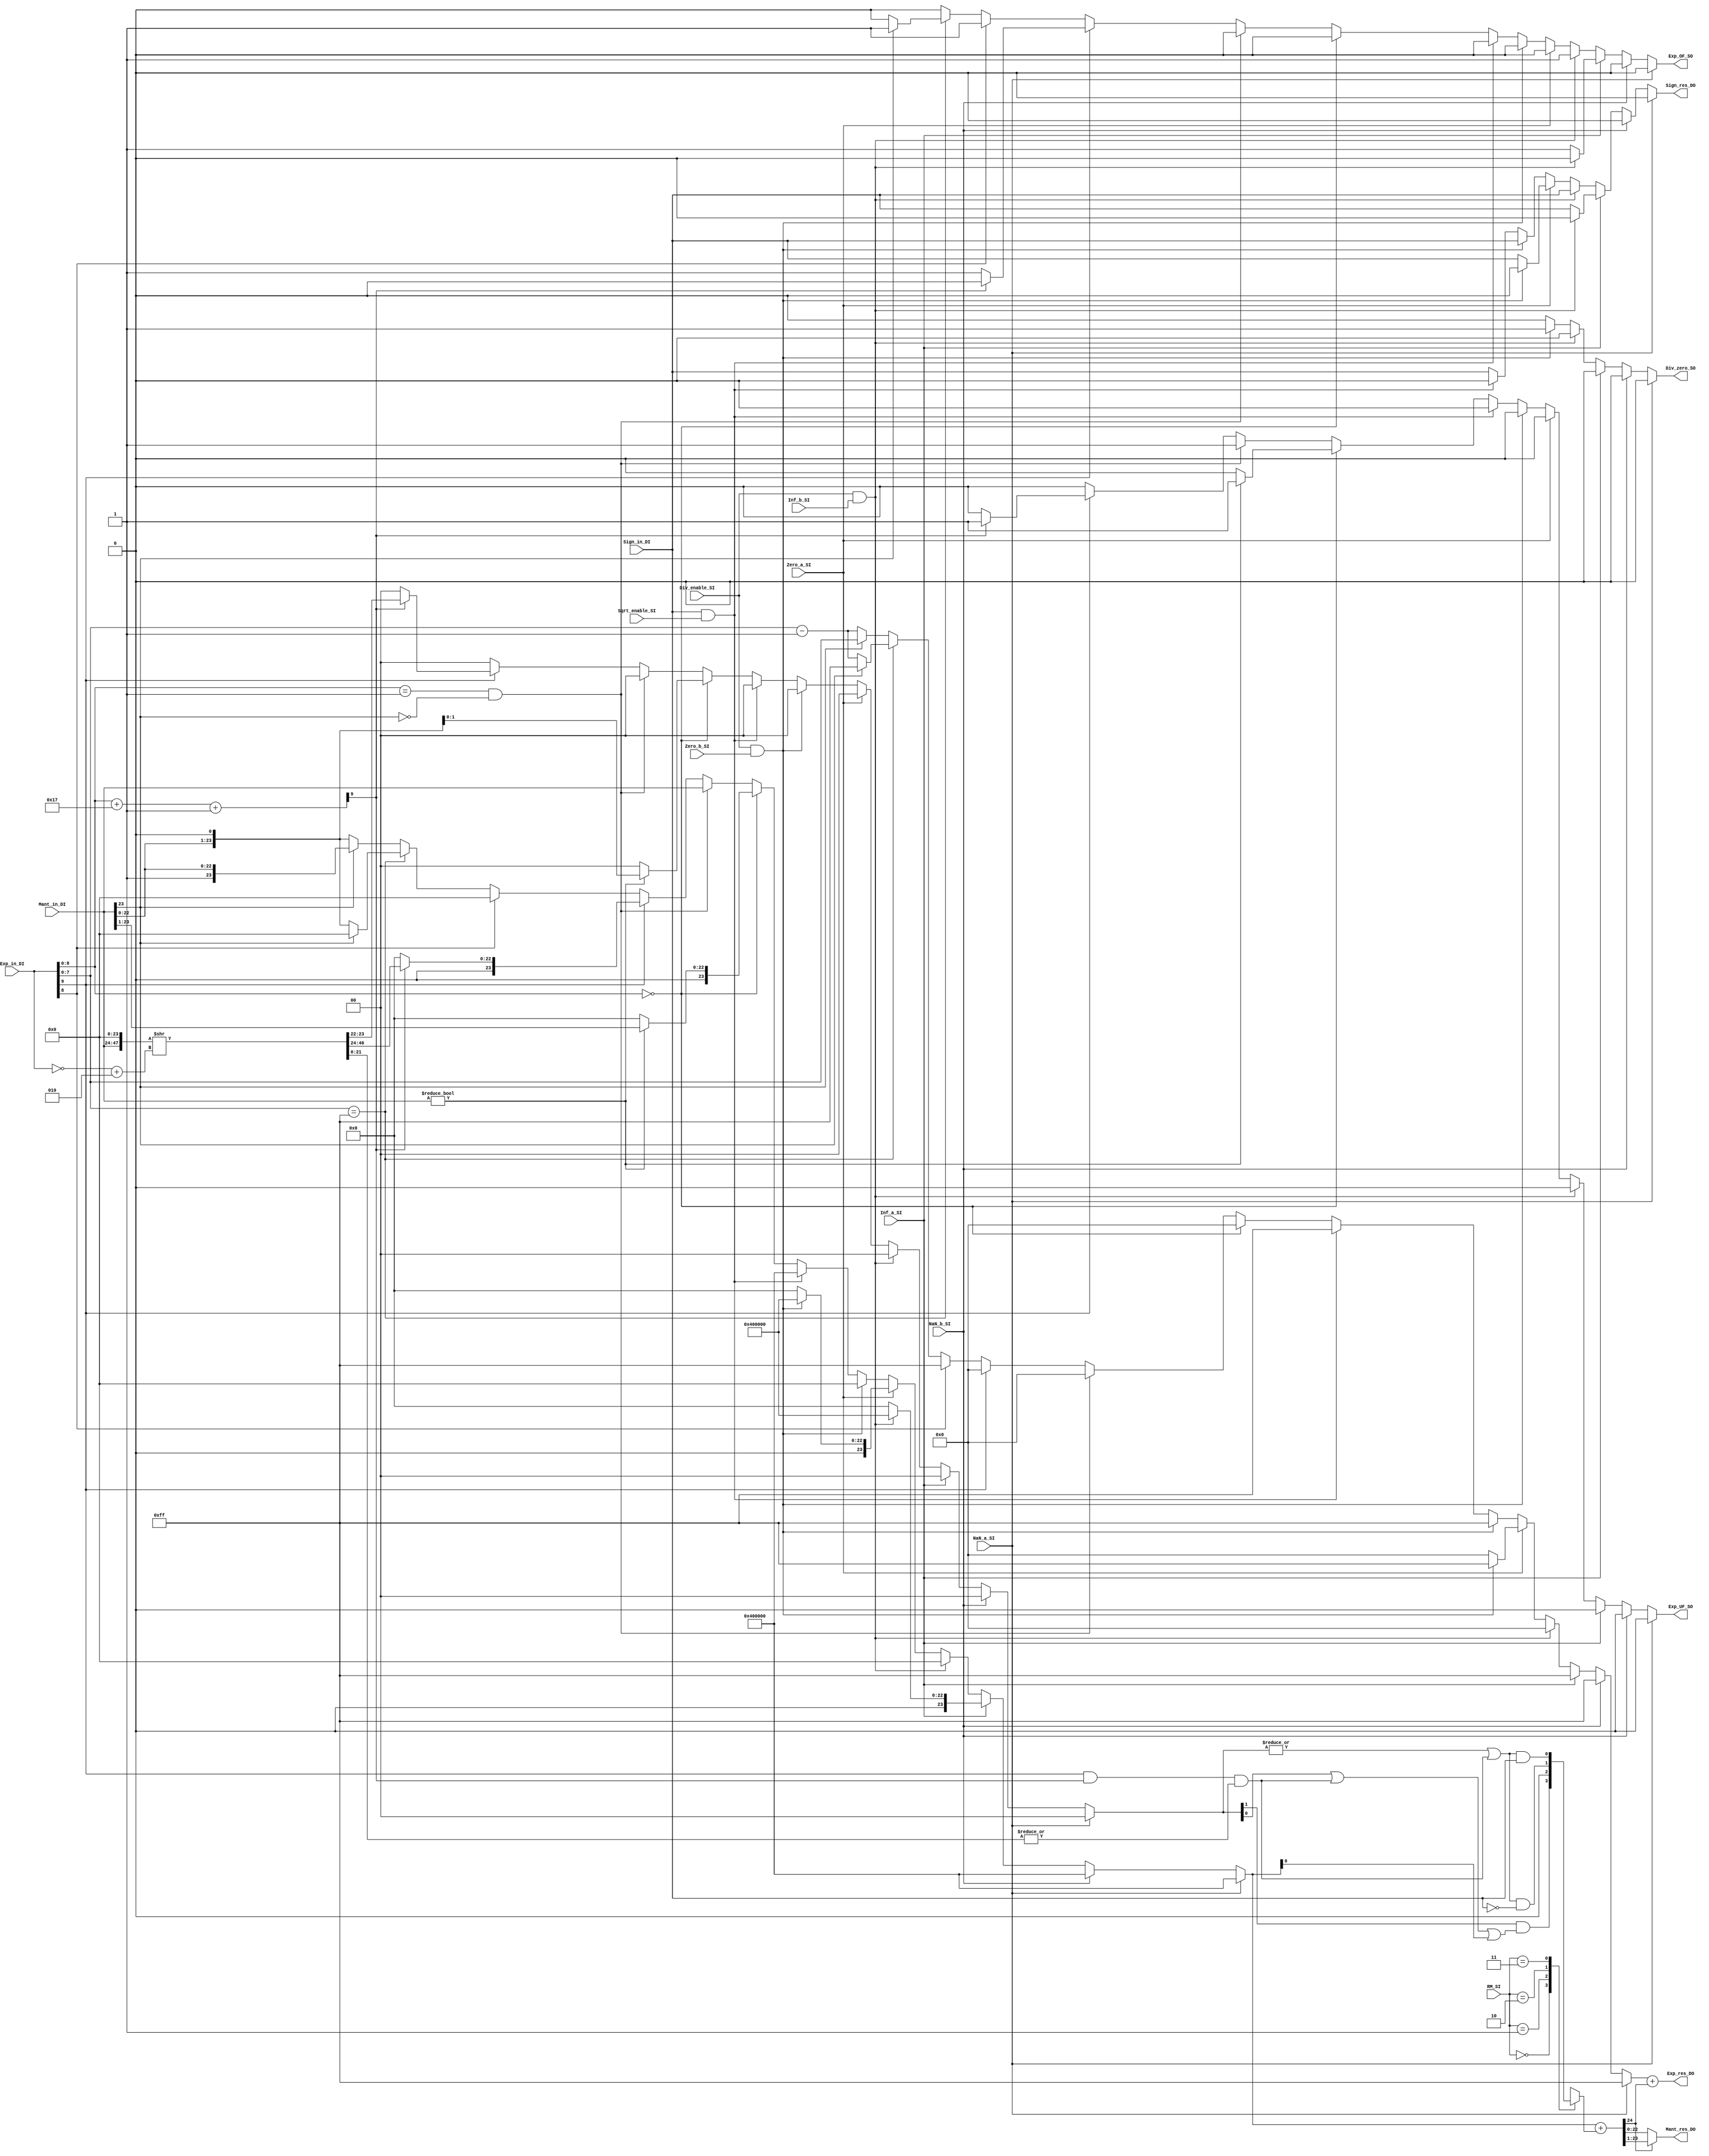
module fpu_norm_div_sqrt (
	Mant_in_DI,
	Exp_in_DI,
	Sign_in_DI,
	Div_enable_SI,
	Sqrt_enable_SI,
	Inf_a_SI,
	Inf_b_SI,
	Zero_a_SI,
	Zero_b_SI,
	NaN_a_SI,
	NaN_b_SI,
	RM_SI,
	Mant_res_DO,
	Exp_res_DO,
	Sign_res_DO,
	Exp_OF_SO,
	Exp_UF_SO,
	Div_zero_SO
);
parameter C_DIV_RM           = 2;
parameter C_DIV_RM_NEAREST   = 2'h0;
parameter C_DIV_RM_TRUNC     = 2'h1;
parameter C_DIV_RM_PLUSINF   = 2'h2;
parameter C_DIV_RM_MINUSINF  = 2'h3;
parameter C_DIV_PC           = 5;
parameter C_DIV_OP           = 32;
parameter C_DIV_MANT         = 23;
parameter C_DIV_EXP          = 8;
parameter C_DIV_BIAS         = 127;
parameter C_DIV_BIAS_AONE    = 8'h80;
parameter C_DIV_HALF_BIAS    = 63;
parameter C_DIV_MANT_PRENORM = C_DIV_MANT+1;
parameter C_DIV_EXP_ZERO     = 8'h00;
parameter C_DIV_EXP_ONE      = 8'h01;
parameter C_DIV_EXP_INF      = 8'hff;
parameter C_DIV_MANT_ZERO    = 23'h0;
parameter C_DIV_MANT_NAN     = 23'h400000;
	input wire [C_DIV_MANT_PRENORM - 1:0] Mant_in_DI;
	input wire signed [C_DIV_EXP + 1:0] Exp_in_DI;
	input wire Sign_in_DI;
	input wire Div_enable_SI;
	input wire Sqrt_enable_SI;
	input wire Inf_a_SI;
	input wire Inf_b_SI;
	input wire Zero_a_SI;
	input wire Zero_b_SI;
	input wire NaN_a_SI;
	input wire NaN_b_SI;
	input wire [C_DIV_RM - 1:0] RM_SI;
	output wire [C_DIV_MANT - 1:0] Mant_res_DO;
	output wire [C_DIV_EXP - 1:0] Exp_res_DO;
	output reg Sign_res_DO;
	output reg Exp_OF_SO;
	output reg Exp_UF_SO;
	output reg Div_zero_SO;
	reg [C_DIV_MANT:0] Mant_res_norm_D;
	reg [C_DIV_EXP - 1:0] Exp_res_norm_D;
	wire [C_DIV_EXP + 1:0] Exp_Max_RS_D;
	assign Exp_Max_RS_D = (Exp_in_DI[C_DIV_EXP:0] + C_DIV_MANT) + 1;
	wire [C_DIV_EXP + 1:0] Num_RS_D;
	assign Num_RS_D = ~Exp_in_DI + 2;
	wire [C_DIV_MANT_PRENORM + 1:0] Mant_RS_D;
	wire [C_DIV_MANT - 2:0] Mant_forsticky_D;
	assign {Mant_RS_D, Mant_forsticky_D} = {Mant_in_DI, 1'b0, 1'b0, 22'h000000} >> Num_RS_D;
	wire Mant_sticky_D;
	assign Mant_sticky_D = (Exp_in_DI[C_DIV_EXP + 1] && Exp_Max_RS_D[C_DIV_EXP + 1]) && |Mant_forsticky_D;
	reg [1:0] Mant_lower_D;
	always @(*)
		if (NaN_a_SI) begin
			Div_zero_SO = 1'b0;
			Exp_OF_SO = 1'b0;
			Exp_UF_SO = 1'b0;
			Mant_res_norm_D = {1'b0, C_DIV_MANT_NAN};
			Exp_res_norm_D = 1'sb1;
			Mant_lower_D = 2'b00;
			Sign_res_DO = 1'b0;
		end
		else if (NaN_b_SI) begin
			Div_zero_SO = 1'b0;
			Exp_OF_SO = 1'b0;
			Exp_UF_SO = 1'b0;
			Mant_res_norm_D = {1'b0, C_DIV_MANT_NAN};
			Exp_res_norm_D = 1'sb1;
			Mant_lower_D = 2'b00;
			Sign_res_DO = 1'b0;
		end
		else if (Inf_a_SI) begin
			if (Div_enable_SI && Inf_b_SI) begin
				Div_zero_SO = 1'b0;
				Exp_OF_SO = 1'b0;
				Exp_UF_SO = 1'b0;
				Mant_res_norm_D = {1'b0, C_DIV_MANT_NAN};
				Exp_res_norm_D = 1'sb1;
				Mant_lower_D = 2'b00;
				Sign_res_DO = 1'b0;
			end
			else begin
				Div_zero_SO = 1'b0;
				Exp_OF_SO = 1'b1;
				Exp_UF_SO = 1'b0;
				Mant_res_norm_D = 1'sb0;
				Exp_res_norm_D = 1'sb1;
				Mant_lower_D = 2'b00;
				Sign_res_DO = Sign_in_DI;
			end
		end
		else if (Div_enable_SI && Inf_b_SI) begin
			Div_zero_SO = 1'b0;
			Exp_OF_SO = 1'b1;
			Exp_UF_SO = 1'b0;
			Mant_res_norm_D = 1'sb0;
			Exp_res_norm_D = 1'sb0;
			Mant_lower_D = 2'b00;
			Sign_res_DO = Sign_in_DI;
		end
		else if (Zero_a_SI) begin
			if (Div_enable_SI && Zero_b_SI) begin
				Div_zero_SO = 1'b1;
				Exp_OF_SO = 1'b0;
				Exp_UF_SO = 1'b0;
				Mant_res_norm_D = {1'b0, C_DIV_MANT_NAN};
				Exp_res_norm_D = 1'sb1;
				Mant_lower_D = 2'b00;
				Sign_res_DO = 1'b0;
			end
			else begin
				Div_zero_SO = 1'b0;
				Exp_OF_SO = 1'b0;
				Exp_UF_SO = 1'b0;
				Mant_res_norm_D = 1'sb0;
				Exp_res_norm_D = 1'sb0;
				Mant_lower_D = 2'b00;
				Sign_res_DO = Sign_in_DI;
			end
		end
		else if (Div_enable_SI && Zero_b_SI) begin
			Div_zero_SO = 1'b1;
			Exp_OF_SO = 1'b0;
			Exp_UF_SO = 1'b0;
			Mant_res_norm_D = 1'sb0;
			Exp_res_norm_D = 1'sb1;
			Mant_lower_D = 2'b00;
			Sign_res_DO = Sign_in_DI;
		end
		else if (Sign_in_DI && Sqrt_enable_SI) begin
			Div_zero_SO = 1'b0;
			Exp_OF_SO = 1'b0;
			Exp_UF_SO = 1'b0;
			Mant_res_norm_D = {1'b0, C_DIV_MANT_NAN};
			Exp_res_norm_D = 1'sb1;
			Mant_lower_D = 2'b00;
			Sign_res_DO = 1'b0;
		end
		else if (Exp_in_DI[C_DIV_EXP:0] == {(C_DIV_EXP >= 0 ? C_DIV_EXP + 1 : 1 - C_DIV_EXP) {1'sb0}}) begin
			if (Mant_in_DI != {C_DIV_MANT_PRENORM {1'sb0}}) begin
				Div_zero_SO = 1'b0;
				Exp_OF_SO = 1'b0;
				Exp_UF_SO = 1'b1;
				Mant_res_norm_D = {2'b00, Mant_in_DI[C_DIV_MANT_PRENORM - 1:1]};
				Exp_res_norm_D = 1'sb0;
				Mant_lower_D = {Mant_in_DI[0], 1'b0};
				Sign_res_DO = Sign_in_DI;
			end
			else begin
				Div_zero_SO = 1'b0;
				Exp_OF_SO = 1'b0;
				Exp_UF_SO = 1'b0;
				Mant_res_norm_D = 1'sb0;
				Exp_res_norm_D = 1'sb0;
				Mant_lower_D = 2'b00;
				Sign_res_DO = Sign_in_DI;
			end
		end
		else if ((Exp_in_DI[C_DIV_EXP:0] == C_DIV_EXP_ONE) && ~Mant_in_DI[C_DIV_MANT_PRENORM - 1]) begin
			Div_zero_SO = 1'b0;
			Exp_OF_SO = 1'b0;
			Exp_UF_SO = 1'b1;
			Mant_res_norm_D = Mant_in_DI[C_DIV_MANT_PRENORM - 1:0];
			Exp_res_norm_D = 1'sb0;
			Mant_lower_D = 2'b00;
			Sign_res_DO = Sign_in_DI;
		end
		else if (Exp_in_DI[C_DIV_EXP + 1]) begin
			if (~Exp_Max_RS_D[C_DIV_EXP + 1]) begin
				Div_zero_SO = 1'b0;
				Exp_OF_SO = 1'b1;
				Exp_UF_SO = 1'b0;
				Mant_res_norm_D = 1'sb0;
				Exp_res_norm_D = 1'sb0;
				Mant_lower_D = 2'b00;
				Sign_res_DO = Sign_in_DI;
			end
			else begin
				Div_zero_SO = 1'b0;
				Exp_OF_SO = 1'b0;
				Exp_UF_SO = 1'b1;
				Mant_res_norm_D = {1'b0, Mant_RS_D[C_DIV_MANT + 1:2]};
				Exp_res_norm_D = 1'sb0;
				Mant_lower_D = Mant_RS_D[1:0];
				Sign_res_DO = Sign_in_DI;
			end
		end
		else if (Exp_in_DI[C_DIV_EXP]) begin
			Div_zero_SO = 1'b0;
			Exp_OF_SO = 1'b1;
			Exp_UF_SO = 1'b0;
			Mant_res_norm_D = 1'sb0;
			Exp_res_norm_D = 1'sb1;
			Mant_lower_D = 2'b00;
			Sign_res_DO = Sign_in_DI;
		end
		else if (Exp_in_DI[C_DIV_EXP - 1:0] == {C_DIV_EXP {1'sb1}}) begin
			if (~Mant_in_DI[C_DIV_MANT_PRENORM - 1]) begin
				Div_zero_SO = 1'b0;
				Exp_OF_SO = 1'b0;
				Exp_UF_SO = 1'b0;
				Mant_res_norm_D = {Mant_in_DI[C_DIV_MANT_PRENORM - 2:0], 1'b0};
				Exp_res_norm_D = Exp_in_DI[C_DIV_EXP - 1:0] - 1;
				Mant_lower_D = 2'b00;
				Sign_res_DO = Sign_in_DI;
			end
			else if (Mant_in_DI != {C_DIV_MANT_PRENORM {1'sb0}}) begin
				Div_zero_SO = 1'b0;
				Exp_OF_SO = 1'b1;
				Exp_UF_SO = 1'b0;
				Mant_res_norm_D = 1'sb0;
				Exp_res_norm_D = 1'sb1;
				Mant_lower_D = 2'b00;
				Sign_res_DO = Sign_in_DI;
			end
			else begin
				Div_zero_SO = 1'b0;
				Exp_OF_SO = 1'b1;
				Exp_UF_SO = 1'b0;
				Mant_res_norm_D = 1'sb0;
				Exp_res_norm_D = 1'sb1;
				Mant_lower_D = 2'b00;
				Sign_res_DO = Sign_in_DI;
			end
		end
		else if (Mant_in_DI[C_DIV_MANT_PRENORM - 1]) begin
			Div_zero_SO = 1'b0;
			Exp_OF_SO = 1'b0;
			Exp_UF_SO = 1'b0;
			Mant_res_norm_D = Mant_in_DI[C_DIV_MANT_PRENORM - 1:0];
			Exp_res_norm_D = Exp_in_DI[C_DIV_EXP - 1:0];
			Mant_lower_D = 2'b00;
			Sign_res_DO = Sign_in_DI;
		end
		else begin
			Div_zero_SO = 1'b0;
			Exp_OF_SO = 1'b0;
			Exp_UF_SO = 1'b0;
			Mant_res_norm_D = {Mant_in_DI[C_DIV_MANT_PRENORM - 2:0], 1'b0};
			Exp_res_norm_D = Exp_in_DI[C_DIV_EXP - 1:0] - 1;
			Mant_lower_D = 2'b00;
			Sign_res_DO = Sign_in_DI;
		end
	wire [C_DIV_MANT:0] Mant_upper_D;
	wire [C_DIV_MANT + 1:0] Mant_upperRounded_D;
	reg Mant_roundUp_S;
	wire Mant_rounded_S;
	assign Mant_upper_D = Mant_res_norm_D;
	assign Mant_rounded_S = |Mant_lower_D | Mant_sticky_D;
	always @(*) begin
		Mant_roundUp_S = 1'b0;
		case (RM_SI)
			C_DIV_RM_NEAREST: Mant_roundUp_S = Mant_lower_D[1] && ((Mant_lower_D[0] | Mant_sticky_D) || Mant_upper_D[0]);
			C_DIV_RM_TRUNC: Mant_roundUp_S = 0;
			C_DIV_RM_PLUSINF: Mant_roundUp_S = Mant_rounded_S & ~Sign_in_DI;
			C_DIV_RM_MINUSINF: Mant_roundUp_S = Mant_rounded_S & Sign_in_DI;
			default: Mant_roundUp_S = 0;
		endcase
	end
	wire Mant_renorm_S;
	assign Mant_upperRounded_D = Mant_upper_D + Mant_roundUp_S;
	assign Mant_renorm_S = Mant_upperRounded_D[C_DIV_MANT + 1];
	wire Rounded_SO;
	assign Mant_res_DO = (Mant_renorm_S ? Mant_upperRounded_D[C_DIV_MANT:1] : Mant_upperRounded_D[C_DIV_MANT - 1:0]);
	assign Exp_res_DO = Exp_res_norm_D + Mant_renorm_S;
	assign Rounded_SO = Mant_rounded_S;
endmodule